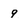
Character: 9